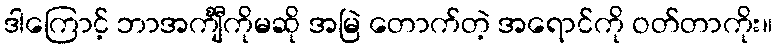
ဒါကြောင့် ဘာအင်္ကျီကိုမဆို အမြဲ တောက်တဲ့ အရောင်ကို ဝတ်တာကိုး။